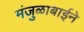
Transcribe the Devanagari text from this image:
मंजुळाबाईने